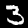
Label: 3